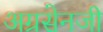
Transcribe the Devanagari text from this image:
अग्रसेनजी